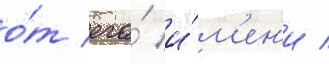
о́т его́ и́м'ен'и /